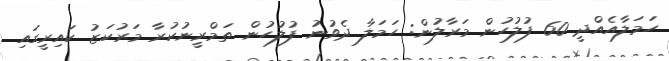
ހަމަލާއެއްދީ 60 ފުލުހުން މަރާލުން: ހަމަލާ ދެވުނު ފުލުހުން ތަމްރީނުކުރާ މަރުކަޒު ކައިރީގައި